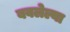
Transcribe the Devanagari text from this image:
बवलेल्या